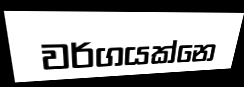
වර්ගයක්නෙ